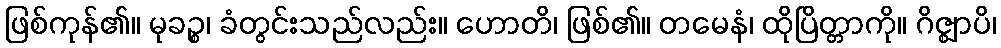
ဖြစ်ကုန်၏။ မုခဉ္စ၊ ခံတွင်းသည်လည်း။ ဟောတိ၊ ဖြစ်၏။ တမေနံ၊ ထိုပြိတ္တာကို။ ဂိဇ္ဈာပိ၊